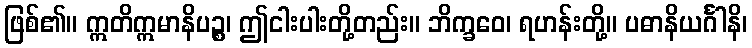
ဖြစ်၏။ ဣတိဣမာနိပဉ္စ၊ ဤငါးပါးတို့တည်း။ ဘိက္ခဝေ၊ ရဟန်းတို့။ ပဓာနိယင်္ဂါနိ၊